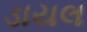
ડાયલ